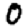
Digit: 0